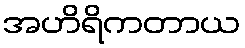
အဟိရိကတာယ